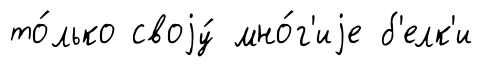
то́лько своjу́ мно́г'иjе б'елк'и